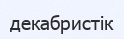
декабристік